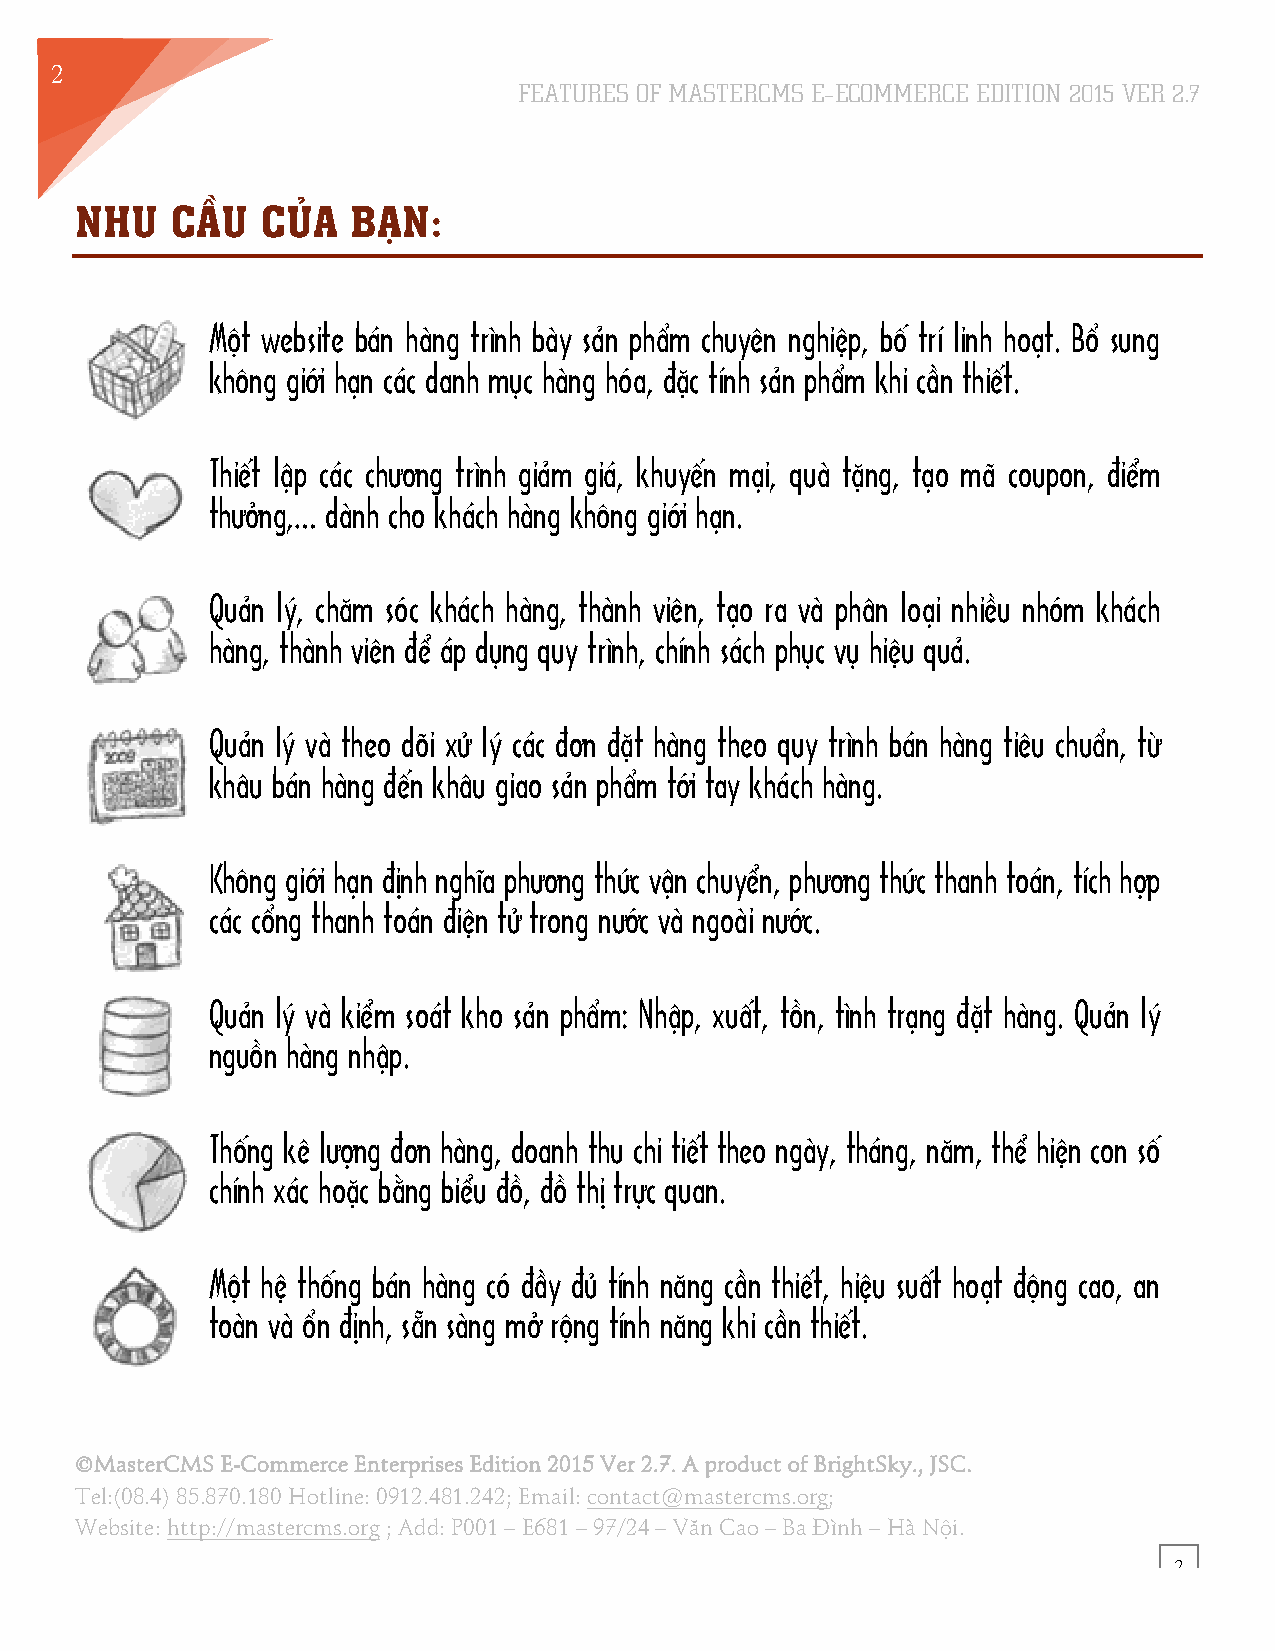
2
 FEATURES OF MASTERCMS E–ECOMMERCE EDITION 2015 VER 2.7
 NHU   CẦU   CỦA   BẠN:
 Một website bán hàng trình bày sản phẩm chuyên nghiệp, bố trí linh hoạt. Bổ sung
 không giới hạn các danh mục hàng hóa, .ặc tính sản phẩm khi cần thiết.
 Thiết lập các chương trình giảm giá, khuyến mại, quà tặng, tạo mã coupon, .iểm
 thưởng,… dành cho khách hàng không giới hạn.
 Quản lý, chăm sóc khách hàng, thành viên, tạo ra và phân loại nhiều nhóm khách
 hàng, thành viên .ể áp dụng quy trình, chính sách phục vụ hiệu quả.
 Quản lý và theo dõi xử lý các .ơn .ặt hàng theo quy trình bán hàng tiêu chuẩn, từ
 khâu bán hàng .ến khâu giao sản phẩm tới tay khách hàng.
 Không giới hạn .ịnh nghĩa phương thức vận chuyển, phương thức thanh toán, tích hợp
 các cổng thanh toán .iện tử trong nước và ngoài nước.
 Quản lý và kiểm soát kho sản phẩm: Nhập, xuất, tồn, tình trạng .ặt hàng. Quản lý
 nguồn hàng nhập.
 Thống kê lượng .ơn hàng, doanh thu chi tiết theo ngày, tháng, năm, thể hiện con số
 chính xác hoặc bằng biểu .ồ, .ồ thị trực quan.
 Một hệ thống bán hàng có .ầy .ủ tính năng cần thiết, hiệu suất hoạt .ộng cao, an
 toàn và ổn .ịnh, sẵn sàng mở rộng tính năng khi cần thiết.
 ©MasterCMS E-Commerce Enterprises Edition 2015 Ver 2.7. A product of BrightSky., JSC.
 Tel:(08.4) 85.870.180 Hotline: 0912.481.242; Email: contact@mastercms.org;
 Website: http://mastercms.org ; Add: P001 – E681 – 97/24 – Văn Cao – Ba Đình – Hà Nội.
 2